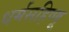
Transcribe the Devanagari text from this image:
धर्मसहिष्णू